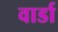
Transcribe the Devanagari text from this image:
वार्डा